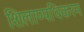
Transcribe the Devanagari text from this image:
शिलाप्पधिकरम